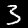
Digit: 3